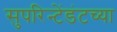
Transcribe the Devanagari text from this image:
सुपरिन्टेंडंटच्या